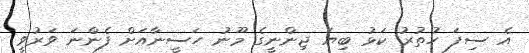
އެ ސިފަ ހުތުރު ކަޅު ބިޔަ ޖިންނީގެ މޫނު ހަސީނާއަށް ފެންނަ ވަރުވީ